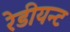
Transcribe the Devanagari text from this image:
रेडीयन्ट